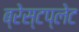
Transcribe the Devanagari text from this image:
ब्रेस्टप्लेट